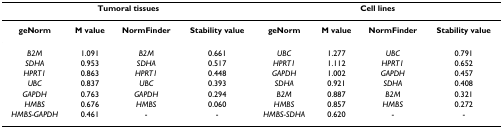
<table><thead><tr><td colspan="4"><b>Tumoral tissues</b></td><td colspan="4"><b>Cell lines</b></td></tr></thead><tbody><tr><td><b>geNorm</b></td><td><b>M value</b></td><td><b>NormFinder</b></td><td><b>Stability value</b></td><td><b>geNorm</b></td><td><b>M value</b></td><td><b>NormFinder</b></td><td><b>Stability value</b></td></tr><tr><td><i>B2M</i></td><td>1.091</td><td><i>B2M</i></td><td>0.661</td><td><i>UBC</i></td><td>1.277</td><td><i>UBC</i></td><td>0.791</td></tr><tr><td><i>SDHA</i></td><td>0.953</td><td><i>SDHA</i></td><td>0.517</td><td><i>HPRT1</i></td><td>1.112</td><td><i>HPRT1</i></td><td>0.652</td></tr><tr><td><i>HPRT1</i></td><td>0.863</td><td><i>HPRT1</i></td><td>0.448</td><td><i>GAPDH</i></td><td>1.002</td><td><i>GAPDH</i></td><td>0.457</td></tr><tr><td><i>UBC</i></td><td>0.837</td><td><i>UBC</i></td><td>0.393</td><td><i>SDHA</i></td><td>0.921</td><td><i>SDHA</i></td><td>0.408</td></tr><tr><td><i>GAPDH</i></td><td>0.763</td><td><i>GAPDH</i></td><td>0.294</td><td><i>B2M</i></td><td>0.887</td><td><i>B2M</i></td><td>0.321</td></tr><tr><td><i>HMBS</i></td><td>0.676</td><td><i>HMBS</i></td><td>0.060</td><td><i>HMBS</i></td><td>0.857</td><td><i>HMBS</i></td><td>0.272</td></tr><tr><td><i>HMBS-GAPDH</i></td><td>0.461</td><td>-</td><td>-</td><td><i>HMBS-SDHA</i></td><td>0.620</td><td>-</td><td>-</td></tr></tbody></table>